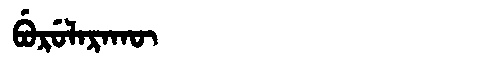
Manchu: ᠪᡠᡵᡠᠯᠠᡵᠠᡴᡡ
Romanization: BURULARAKŪ